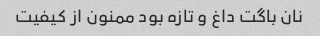
نان باگت داغ و تازه بود ممنون از کیفیت